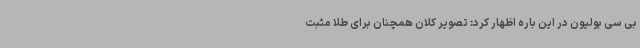
بی سی بولیون در این باره اظهار کرد: تصویر کلان همچنان برای طلا مثبت